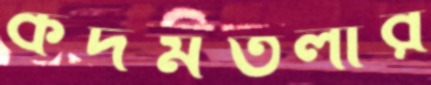
কদমতলীর